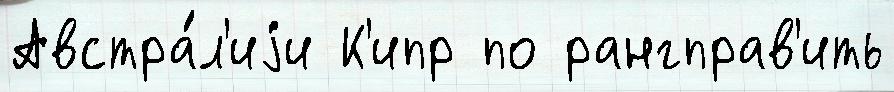
Австра́л'иjи К'ипр по рангправ'ить